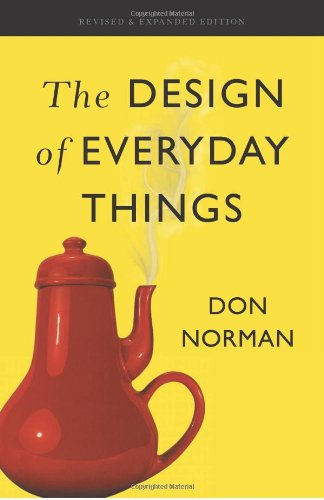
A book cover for The Design of Everyday Things: Revised and Expanded Edition; Don Norman; Arts & Photography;